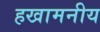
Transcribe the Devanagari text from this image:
हखामनीय